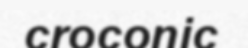
croconic